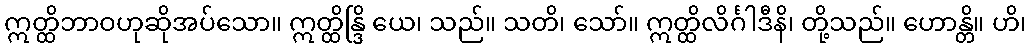
ဣတ္ထိဘာဝဟုဆိုအပ်သော။ ဣတ္ထိန္ဒြိ ယေ၊ သည်။ သတိ၊ သော်။ ဣတ္ထိလိင်္ဂါဒီနိ၊ တို့သည်။ ဟောန္တိ။ ဟိ၊